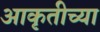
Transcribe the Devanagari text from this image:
आकृतीच्या